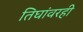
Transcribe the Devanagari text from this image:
तिघांवरही